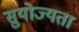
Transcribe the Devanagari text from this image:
सुयोज्यता